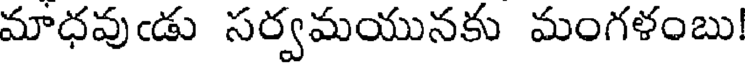
మాధవుఁడు సర్వమయునకు మంగళంబు!